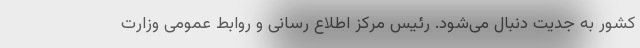
کشور به جدیت دنبال می‌شود. رئیس مرکز اطلاع رسانی و روابط عمومی وزارت